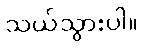
သယ်သွားပါ။